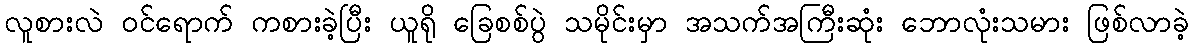
လူစားလဲ ဝင်ရောက် ကစားခဲ့ပြီး ယူရို ခြေစစ်ပွဲ သမိုင်းမှာ အသက်အကြီးဆုံး ဘောလုံးသမား ဖြစ်လာခဲ့